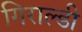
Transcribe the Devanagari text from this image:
गिराल्डी